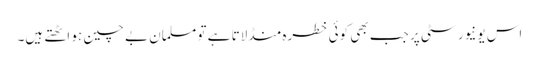
اس یونیورسٹی پر جب بھی کوئی خطرہ منڈلاتا ہے تو مسلمان بے چین ہو اٹھتے ہیں۔